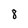
Character: 8